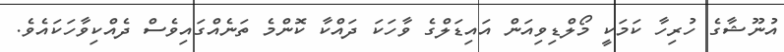
އުނޫޝާގެ ހުރިހާ ކަމަކީ މޯލްޑިވިއަން އައިޑަލްގެ ވާހަކަ ދައްކާ ކޮންމެ ތަނެއްގައިވެސް ދެއްކިވާހަކައެވެ.